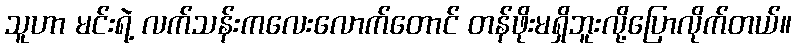
သူဟာ မင်းရဲ့ လက်သန်းကလေးလောက်တောင် တန်ဖိုးမရှိဘူးလို့ပြောလိုက်တယ်။